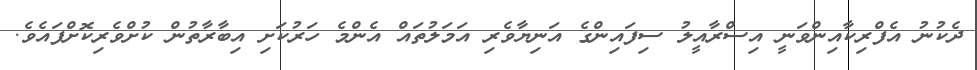
ދެކުނު އެފްރިކާއިންވަނީ އިސްރާއީލު ސިފައިންގެ އަނިޔާވެރި އަމަލުތައް އެންމެ ހަރުކަށި އިބާރާތުން ކުށްވެރިކޮށްފައެވެ.